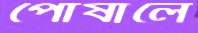
পোষালে